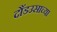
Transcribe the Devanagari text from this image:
दौंडउसाच्या